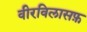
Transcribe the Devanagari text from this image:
वीरविलासफ़